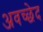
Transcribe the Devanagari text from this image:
अवच्छेद